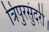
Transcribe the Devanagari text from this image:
त्रिपुरसुंदरी।